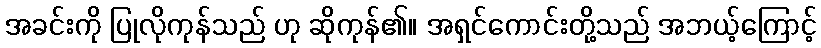
အခင်းကို ပြုလိုကုန်သည် ဟု ဆိုကုန်၏။ အရှင်ကောင်းတို့သည် အဘယ့်ကြောင့်